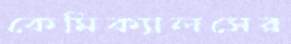
কেমিক্যালসের